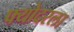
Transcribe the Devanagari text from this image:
फ्योदरला